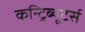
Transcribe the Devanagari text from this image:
कन्ट्रिब्यूटर्स